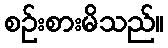
စဉ်းစားမိသည်။